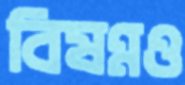
বিষণ্নও